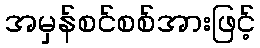
အမှန်စင်စစ်အားဖြင့်